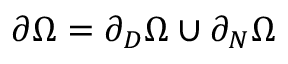
\partial \Omega = \partial _ { D } \Omega \cup \partial _ { N } \Omega